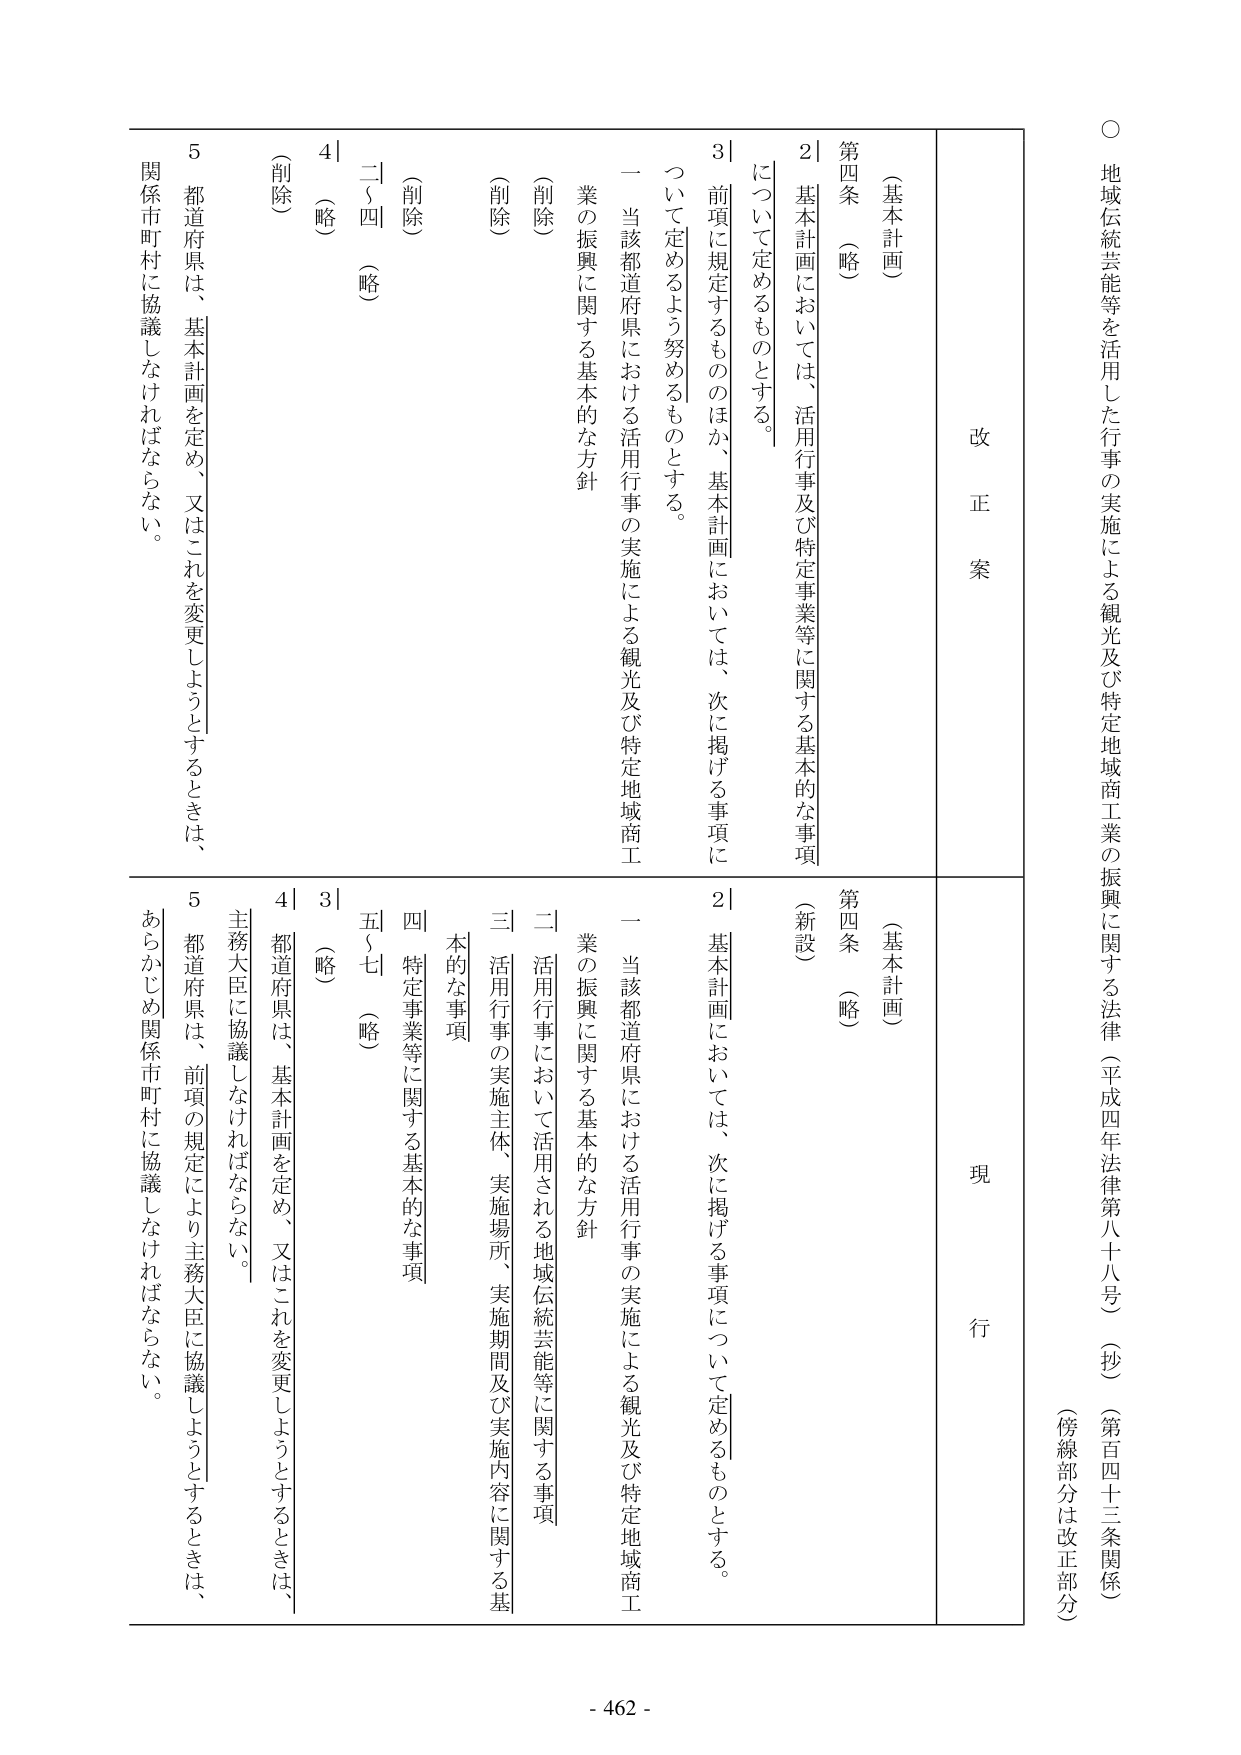
○ 地域伝統芸能等を活用した行事の実施による観光及び特定地域商工業の振興に関する法律（平成四年法律第八十八号）（抄）（第百四十三条関係）（傍線部分は改正部分）

改正案

（基本計画）

第四条 （略）

2｜基本計画においては、活用行事及び特定事業等に関する基本的な事項について定めるものとする。

3｜前項に規定するもののほか、基本計画においては、次に掲げる事項について定めるよう努めるものとする。

一 当該都道府県における活用行事の実施による観光及び特定地域商工業の振興に関する基本的な方針

（削除）

（削除）

二～四 （略）

4｜（略）

5｜都道府県は、基本計画を定め、又はこれを変更しようとするときは、関係市町村に協議しなければならない。

現行

（基本計画）

第四条 （略）

（新設）

2｜基本計画においては、次に掲げる事項について定めるものとする。

一 当該都道府県における活用行事の実施による観光及び特定地域商工業の振興に関する基本的な方針

二 活用行事において活用される地域伝統芸能等に関する事項

三 活用行事の実施主体、実施場所、実施期間及び実施内容に関する基本的な事項

四 特定事業等に関する基本的な事項

五～七 （略）

3｜（略）

4｜都道府県は、基本計画を定め、又はこれを変更しようとするときは、主務大臣に協議しなければならない。

5｜都道府県は、前項の規定により主務大臣に協議しようとするときは、あらかじめ関係市町村に協議しなければならない。

- 462 -